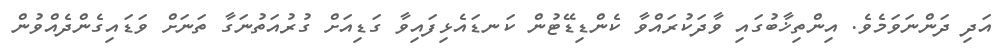
އަދި ދަންނަވަމެވެ. އިންތިޚާބުގައި ވާދަކުރައްވާ ކެންޑިޑޭޓުން ކަނޑައެޅިފައިވާ ގަޑިއަށް ގުރުއަތުނަގާ ތަނަށް ވަޑައިގެންދެއްވުން